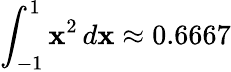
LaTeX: \int_{-1}^{1}\mathbf{x}^{2}\, d\mathbf{x}\approx0.6667